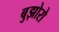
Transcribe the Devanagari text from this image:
बुझोरो